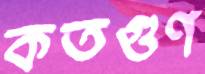
কতগুণ